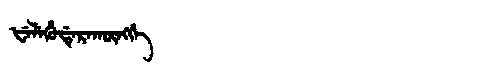
Manchu: ᡶᡝᠯᡝᡥᡠᡩᡝᡵᠠᡴᡡᠩᡤᡝ
Romanization: FELEHUDERAKŪNGGE